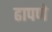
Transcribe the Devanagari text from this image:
ढापणे